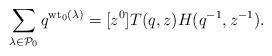
LaTeX: \begin{align*} \sum_{\lambda \in \mathcal{P}_0}q^{\mathrm{wt}_0(\lambda)}=[z^0]T(q,z)H(q^{-1},z^{-1}).\end{align*}